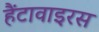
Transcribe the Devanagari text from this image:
हैंटावाइरस